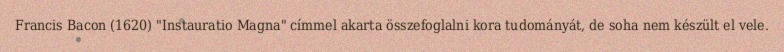
Francis Bacon (1620) "Instauratio Magna" címmel akarta összefoglalni kora tudományát, de soha nem készült el vele.